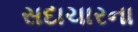
સદાચારના